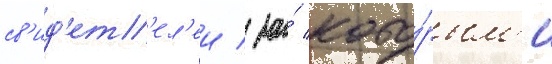
св'ид'ет'ел'еи / за́ кото́рым'и